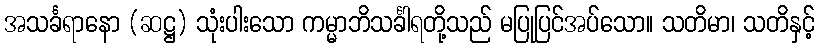
အသင်္ခရာနော (ဆဋ္ဌ) သုံးပါးသော ကမ္မာဘိသင်္ခါရတို့သည် မပြုပြင်အပ်သော။ သတိမာ၊ သတိနှင့်